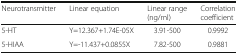
<table><thead><tr><td><b>Neurotransmitter</b></td><td><b>Linear equation</b></td><td><b>Linear range (ng/ml)</b></td><td><b>Correlation coefficient</b></td></tr></thead><tbody><tr><td>5-HT</td><td>Y=12.367+1.74E-05X</td><td>3.91-500</td><td>0.9992</td></tr><tr><td>5-HIAA</td><td>Y=-11.437+0.0855X</td><td>7.82-500</td><td>0.9881</td></tr></tbody></table>